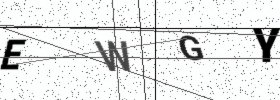
Text: EWGY